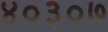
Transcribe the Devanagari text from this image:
४०३०७